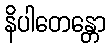
နိပါတေန္တော